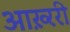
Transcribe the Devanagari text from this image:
आख़्ररी